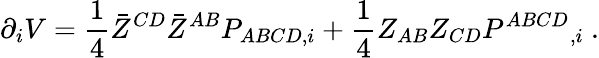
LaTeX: \partial_{i}V={\frac{1}{4}}\bar{Z}^{CD}\bar{Z}^{AB}P_{ABCD,i}+{\frac{1}{4}}Z_{AB}Z_{CD}P^{ABCD}{}_{,i}\ .